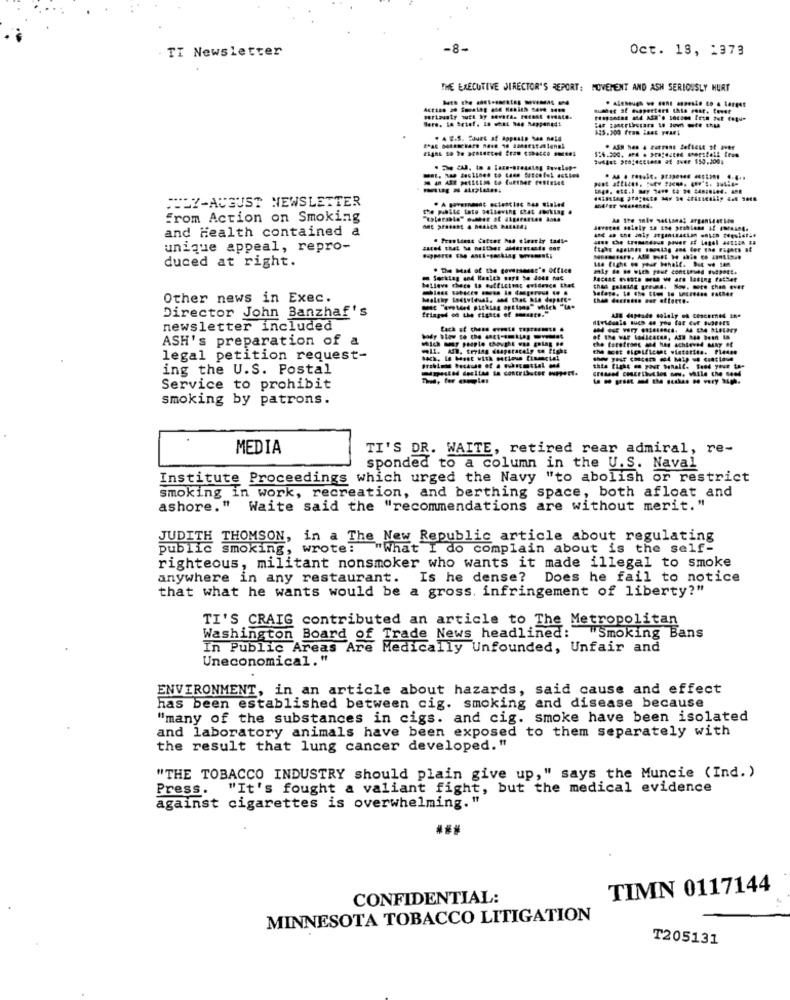
. TI Newsletter
Oct. 18, 1373
THE EXECUTIVE DIRECTOR'S REPORT: MOVEMENT AND ASH SERIOUSLY HURT
$25.200 fras Last year:
JOUY-AUGUST NEWSLETTER
From Action on Smoking
and Health contained a
anne che tremendous pover af Legel ##ssan #8
unique appeal, repro-
duced at right.
. The Mad of the goverserer's office
belleve chece to sufficient evidence that
Other news in Exec.
Director John Banzhaf's
fringed of the rights of sesers."
ABE dupeads solely on cesckened In.
newsletter included
ASH's preparation of a
which may people thought was going se
the forefront and has achieved MANY of
legal petition request-
ing the U.S. Postal
this fight on your banalt. Sead your ta-
Service to prohibit
smoking by patrons.
MEDIA
TI'S DR. WAITE, retired rear admiral, re-
sponded to a column in the U.S. Naval
Institute Proceedings which urged the Navy "to abolish or restrict
smoking in work, recreation, and berthing space, both afloat and
ashore." Waite said the "recommendations are without merit. "
JUDITH THOMSON, in a The New Republic article about regulating
public smoking, wrote: "What I do complain about is the self-
righteous, militant nonsmoker who wants it made illegal to smoke
anywhere in any restaurant. Is he dense? Does he fail to notice
that what he wants would be a gross. infringement of liberty?"
TI'S CRAIG contributed an article to The Metropolitan
Washington Board of Trade News headlined: "Smoking Bans
In Public Areas Are Medically Unfounded, Unfair and
Uneconomical."
ENVIRONMENT, in an article about hazards, said cause and effect
has been established between cig. smoking and disease because
"many of the substances in cigs. and cig. smoke have been isolated
and laboratory animals have been exposed to them separately with
the result that lung cancer developed."
"THE TOBACCO INDUSTRY should plain give up," says the Muncie (Ind. )
Press.
"It's fought a valiant fight, but the medical evidence
against cigarettes is overwhelming. ""
TIMN 0117144
CONFIDENTIAL:
MINNESOTA TOBACCO LITIGATION
T205131